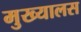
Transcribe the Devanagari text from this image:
मुख्यालस